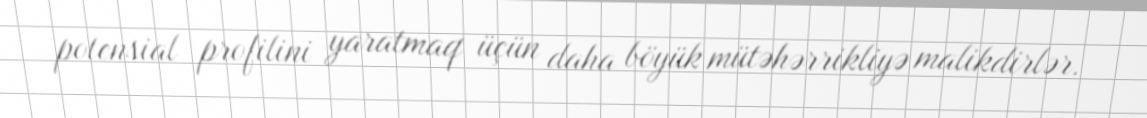
potensial profilini yaratmaq üçün daha böyük mütəhərrikliyə malikdirlər.